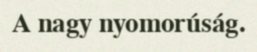
A nagy nyomorúság.